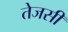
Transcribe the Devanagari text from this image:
तेजसी